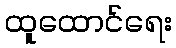
ထူထောင်ရေး